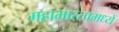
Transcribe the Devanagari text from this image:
महाभारतामध्यें